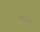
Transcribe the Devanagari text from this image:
ध्वंयस